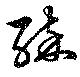
酔